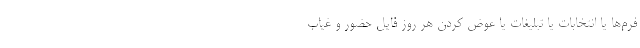
فرم‌ها یا انتخابات یا تبلیغات یا عوض کردن هر روز فایل حضور و غیاب